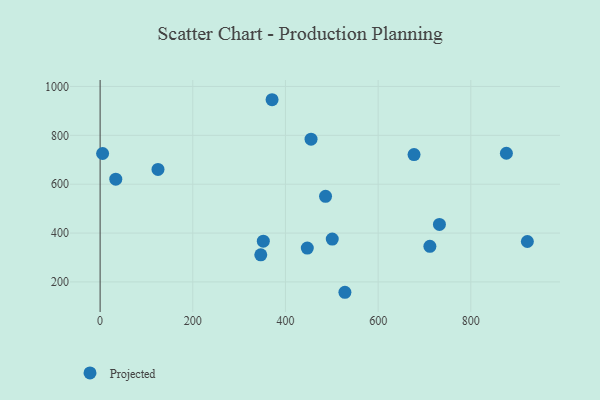
{"axis": {"x": "Engine Size", "y": "Sales"}, "legend": ["Projected"], "data": [{"x": "371.1", "y": 945.8, "type": "Projected"}, {"x": "486.5", "y": 550.4, "type": "Projected"}, {"x": "5.4", "y": 725.7, "type": "Projected"}, {"x": "352.2", "y": 366.9, "type": "Projected"}, {"x": "501.0", "y": 375.4, "type": "Projected"}, {"x": "711.7", "y": 345.9, "type": "Projected"}, {"x": "732.3", "y": 435.5, "type": "Projected"}, {"x": "922.1", "y": 365.4, "type": "Projected"}, {"x": "455.2", "y": 784.3, "type": "Projected"}, {"x": "677.5", "y": 721.1, "type": "Projected"}, {"x": "33.8", "y": 620.7, "type": "Projected"}, {"x": "528.3", "y": 157.6, "type": "Projected"}, {"x": "124.9", "y": 660.5, "type": "Projected"}, {"x": "447.1", "y": 338.4, "type": "Projected"}, {"x": "876.8", "y": 726.6, "type": "Projected"}, {"x": "346.7", "y": 310.7, "type": "Projected"}]}